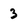
Character: 3